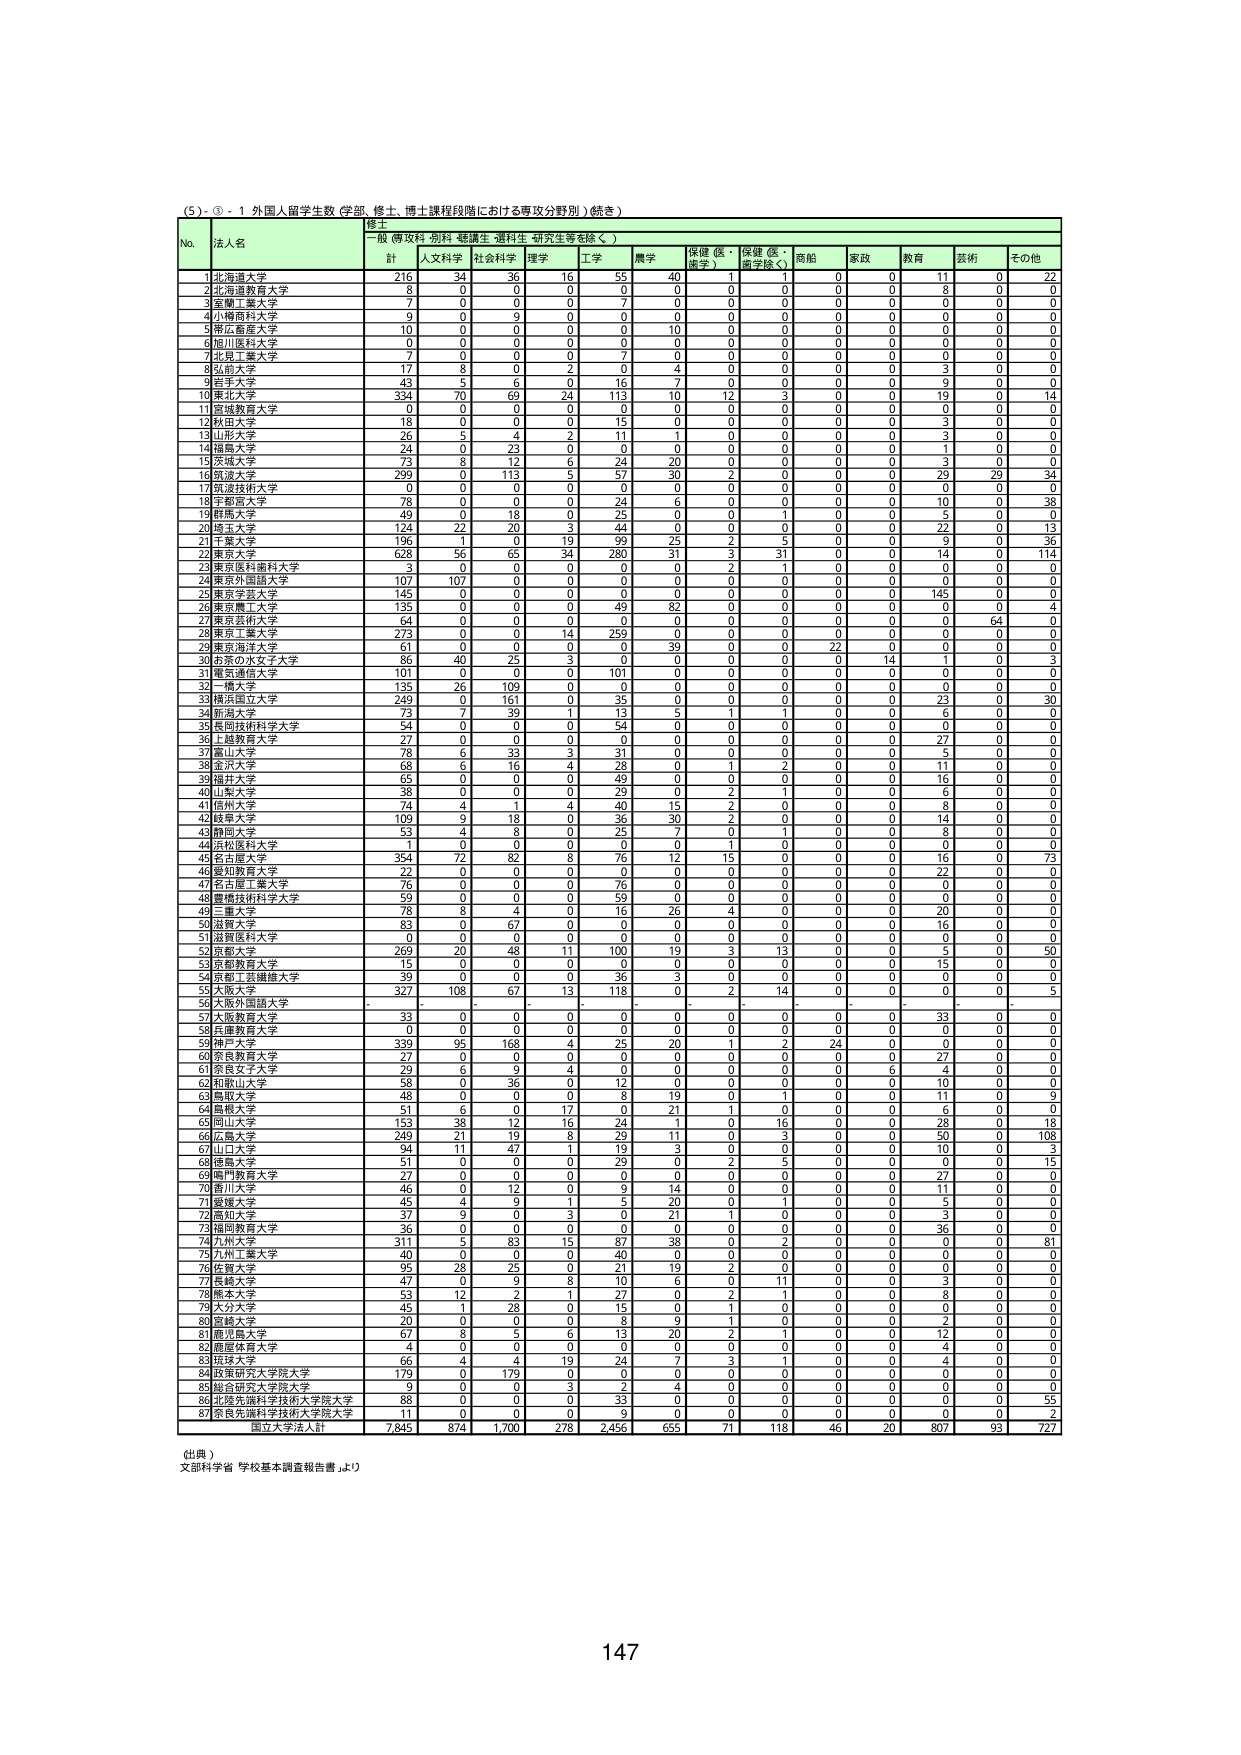
(5) ③ - 1 外国人留学生数（学部、修士、博士課程段階における専攻分野別）（続き）

修士
一般（専攻科・別科・聴講生・選科生・研究生等を除く）

No. 法人名 計 人文科学 社会科学 理学 工学 農学 保健（医・歯学） 保健（医・歯学除く） 商船 家政 教育 芸術 その他

1 北海道大学 216 34 36 16 55 40 1 1 0 0 11 0 22
2 北海道教育大学 8 0 0 0 0 0 0 0 0 0 8 0 0
3 室蘭工業大学 7 0 0 0 0 0 0 0 0 0 0 0 0
4 小樽商科大学 9 0 9 0 0 0 0 0 0 0 0 0 0
5 帯広畜産大学 10 0 0 0 0 10 0 0 0 0 0 0 0
6 旭川医科大学 0 0 0 0 0 0 0 0 0 0 0 0 0
7 北見工業大学 7 0 0 0 7 0 0 0 0 0 0 0 0
8 弘前大学 17 8 0 2 0 4 0 0 0 0 3 0 0
9 岩手大学 43 5 6 0 16 7 0 0 0 0 9 0 0
10 東北大学 334 70 69 24 113 10 12 3 0 0 19 0 14
11 宮城教育大学 0 0 0 0 0 0 0 0 0 0 0 0 0
12 秋田大学 18 0 0 0 15 0 0 0 0 0 3 0 0
13 山形大学 26 5 4 2 11 1 0 0 0 0 3 0 0
14 福島大学 24 0 23 0 0 0 0 0 0 0 1 0 0
15 茨城大学 73 8 12 6 24 20 0 0 0 0 3 0 0
16 筑波大学 299 0 113 5 57 30 2 0 0 0 29 29 34
17 筑波技術大学 0 0 0 0 0 0 0 0 0 0 0 0 0
18 宇都宮大学 78 0 0 0 24 6 0 0 0 0 10 0 38
19 群馬大学 49 0 18 0 25 0 0 1 0 0 5 0 0
20 埼玉大学 124 22 20 3 44 0 0 0 0 0 22 0 13
21 千葉大学 196 11 0 19 99 25 2 5 0 0 9 0 36
22 東京大学 628 56 65 34 280 31 3 31 0 0 14 0 114
23 東京医科歯科大学 3 0 0 0 0 0 2 1 0 0 0 0 0
24 東京外国語大学 107 107 0 0 0 0 0 0 0 0 0 0 0
25 東京学芸大学 145 0 0 0 49 0 0 0 0 0 145 0 0
26 東京農工大学 135 0 0 0 0 82 0 0 0 0 0 0 4
27 東京芸術大学 64 0 0 0 0 0 0 0 0 0 0 64 0
28 東京工業大学 273 0 0 14 259 0 0 0 0 0 0 0 0
29 東京海洋大学 61 0 0 0 0 39 0 0 22 0 0 0 0
30 お茶の水女子大学 86 40 25 3 0 0 0 0 0 14 1 0 3
31 電気通信大学 101 0 0 0 101 0 0 0 0 0 0 0 0
32 一橋大学 135 26 109 0 0 0 0 0 0 0 0 0 0
33 横浜国立大学 249 0 161 0 35 0 0 0 0 0 23 0 30
34 新潟大学 73 7 39 1 13 5 1 1 0 0 6 0 0
35 長岡技術科学大学 54 0 0 0 54 0 0 0 0 0 0 0 0
36 上越教育大学 27 0 0 0 0 0 0 0 0 0 27 0 0
37 富山大学 78 6 33 3 31 0 0 0 0 0 5 0 0
38 金沢大学 68 6 16 4 28 0 1 2 0 0 11 0 0
39 福井大学 65 0 0 0 49 0 0 0 0 0 16 0 0
40 山梨大学 38 0 0 0 29 0 2 1 0 0 6 0 0
41 信州大学 74 4 1 4 40 15 2 0 0 0 8 0 0
42 岐阜大学 109 9 18 0 36 30 2 0 0 0 14 0 0
43 静岡大学 53 4 8 0 25 7 0 1 0 0 8 0 0
44 小松島技術大学 1 0 0 0 0 0 0 0 0 0 0 0 0
45 名古屋大学 354 72 82 8 76 12 15 0 0 0 16 0 73
46 愛知教育大学 22 0 0 0 0 0 0 0 0 0 22 0 0
47 名古屋工業大学 76 0 0 0 76 0 0 0 0 0 0 0 0
48 豊橋技術科学大学 59 0 0 0 59 0 0 0 0 0 0 0 0
49 三重大学 78 8 4 0 16 26 4 0 0 0 20 0 0
50 滋賀大学 83 0 67 0 0 0 0 0 0 0 16 0 0
51 滋賀医科大学 0 0 0 0 0 0 0 0 0 0 0 0 0
52 京都大学 269 20 48 11 100 19 3 13 0 0 5 0 50
53 京都教育大学 15 0 0 0 0 0 0 0 0 0 15 0 0
54 京都工芸繊維大学 39 0 0 0 36 3 0 0 0 0 0 0 0
55 大阪大学 327 108 67 13 118 0 2 14 0 0 0 0 5
56 大阪外国語大学 - - - - - - - - - - - - -
57 大阪教育大学 33 0 0 0 0 0 0 0 0 0 33 0 0
58 兵庫教育大学 0 0 0 0 0 0 0 0 0 0 0 0 0
59 神戸大学 339 95 168 4 25 20 1 2 24 0 0 0 0
60 奈良教育大学 27 0 0 0 0 0 0 0 0 0 27 0 0
61 奈良女子大学 29 6 9 4 0 0 0 0 0 6 4 0 0
62 和歌山大学 58 0 36 0 12 0 0 0 0 0 10 0 0
63 鳥取大学 48 0 0 0 8 19 0 1 0 0 11 0 9
64 島根大学 51 6 0 17 0 21 1 0 0 0 6 0 0
65 岡山大学 153 38 12 16 24 1 0 16 0 0 28 0 18
66 広島大学 249 21 19 8 29 11 0 3 0 0 50 0 108
67 山口大学 94 11 47 1 19 3 0 0 0 0 10 0 3
68 徳島大学 51 0 0 0 29 0 2 5 0 0 0 0 15
69 岡山教育大学 27 0 0 0 0 0 0 0 0 0 27 0 0
70 香川大学 46 0 12 0 9 14 0 0 0 0 11 0 0
71 愛媛大学 45 4 9 1 5 20 0 1 0 0 5 0 0
72 高知大学 37 9 0 3 0 21 1 0 0 0 3 0 0
73 福岡教育大学 36 0 0 0 0 0 0 0 0 0 36 0 0
74 九州大学 311 5 83 15 87 38 0 2 0 0 0 0 81
75 九州工業大学 40 0 0 0 40 0 0 0 0 0 0 0 0
76 佐賀大学 95 28 25 0 21 19 2 0 0 0 0 0 0
77 長崎大学 47 0 9 8 10 6 0 11 0 0 3 0 0
78 熊本大学 53 12 2 1 27 0 2 1 0 0 8 0 0
79 大分大学 45 1 28 0 15 0 0 0 0 0 0 0 0
80 宮崎大学 20 0 0 0 8 9 1 0 0 0 2 0 0
81 鹿児島大学 67 8 5 6 13 20 2 1 0 0 12 0 0
82 鹿屋体育大学 4 0 0 0 0 0 0 0 0 0 4 0 0
83 琉球大学 66 4 4 19 24 7 3 1 0 0 4 0 0
84 政策研究大学院大学 179 0 179 0 0 0 0 0 0 0 0 0 0
85 総合研究大学院大学 9 0 0 0 3 4 0 0 0 0 0 0 0
86 北陸先端科学技術大学院大学 88 0 0 0 33 0 0 0 0 0 0 0 55
87 奈良先端科学技術大学院大学 11 0 0 0 9 0 0 0 0 0 0 0 2

国立大学法人計 7,845 874 1,700 278 2,456 655 71 118 46 20 807 93 727

（出典）
文部科学省「学校基本調査報告書」より

147